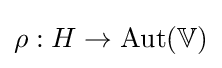
\rho :H\rightarrow \mathrm {Aut} (\mathbb {V} )